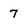
Character: 7